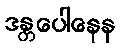
ဒန္တပေါနေန